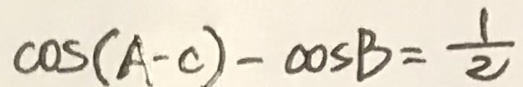
\cos ( A - C ) - \cos B = \frac { 1 } { 2 }